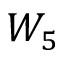
W _ { 5 }